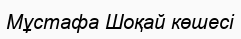
Мұстафа Шоқай көшесі